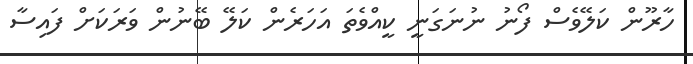
ހާރޫން ކަލޭވެސް ފޯނު ނުނަގަނީ ކީއްވެތަ އަހަރެން ކަލޭ ބޭނުން ވަރަކަށް ފައިސާ